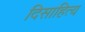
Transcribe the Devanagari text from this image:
दिसाहित्य